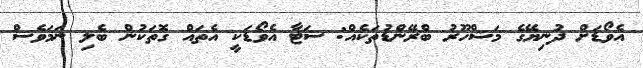
އެވޯޑަށް ދުނިޔޭގެ މަޝްހޫރު ބްރޭންޑުތަކެއް: ސަޓާ އެވޯޑަކީ އެތައް ގޮތަކުން ބެލި ނަމަވެސް